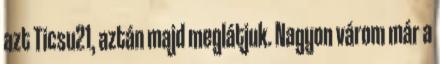
azt Ticsu21, aztán majd meglátjuk. Nagyon várom már a